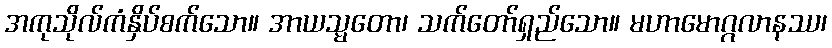
အကုသိုလ်ကံနှိပ်စက်သော။ အာယသ္မတော၊ သက်တော်ရှည်သော။ မဟာမောဂ္ဂလာနဿ၊